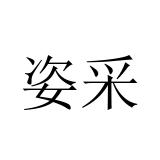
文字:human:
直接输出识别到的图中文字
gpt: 姿采